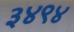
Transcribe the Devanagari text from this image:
३४९४